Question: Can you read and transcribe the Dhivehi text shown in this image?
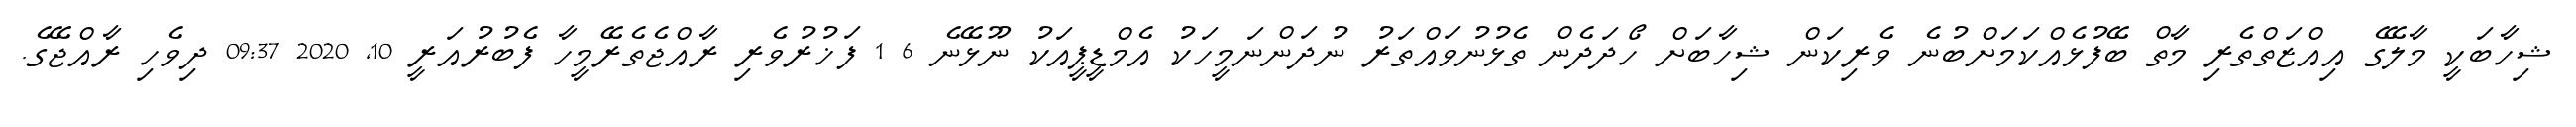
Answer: ޝިހާބަކީ މާލޭގެ އިއްޒަތްތެރި މާތް ބޭފުޅެއްކަމަށްބުނެ ވެރިކަން ޝިހާބަށް ހޯދަދެން ތެޅުނުވައްތަރު ނުދަންނަމީހަކު އެމްޑީޕީއަކު ނޫޅޭނެ 6 1 ފަޚުރުވެރި ރާއްޖެތެރޭމީހާ ފެބުރުއަރީ 10, 2020 09:37 ދިވެހި ރާއްޖޭގެ.